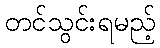
တင်သွင်းရမည့်